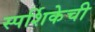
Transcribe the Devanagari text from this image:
स्पर्शिकेची